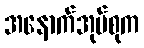
အနောက်အုပ်စုက